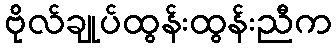
ဗိုလ်ချုပ်ထွန်းထွန်းညီက